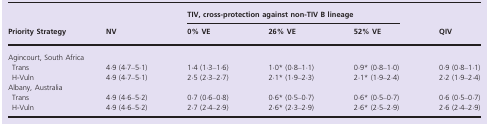
<table><thead><tr><td rowspan="2"><b>Priority Strategy</b></td><td rowspan="2"><b>NV</b></td><td colspan="3"><b>TIV, cross‐protection against non‐TIV B lineage</b></td><td rowspan="2"><b>QIV</b></td></tr><tr><td><b>0% VE</b></td><td><b>26% VE</b></td><td><b>52% VE</b></td></tr></thead><tbody><tr><td colspan="6">Agincourt, South Africa</td></tr><tr><td>Trans</td><td>4·9 (4·7–5·1)</td><td>1·4 (1·3–1·6)</td><td>1·0a (0·8–1·1)</td><td>0·9a (0·8–1·0)</td><td>0·9 (0·8–1·1)</td></tr><tr><td>H‐Vuln</td><td>4·9 (4·7–5·1)</td><td>2·5 (2·3–2·7)</td><td>2·1a (1·9–2·3)</td><td>2·1a (1·9–2·4)</td><td>2·2 (1·9–2·4)</td></tr><tr><td colspan="6">Albany, Australia</td></tr><tr><td>Trans</td><td>4·9 (4·6–5·2)</td><td>0·7 (0·6–0·8)</td><td>0·6a (0·5–0·7)</td><td>0·6a (0·5–0·7)</td><td>0·6 (0·5–0·7)</td></tr><tr><td>H‐Vuln</td><td>4·9 (4·6–5·2)</td><td>2·7 (2·4–2·9)</td><td>2·6a (2·3–2·9)</td><td>2·6a (2·5–2·9)</td><td>2·6 (2·4–2·9)</td></tr></tbody></table>